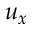
u _ { x }